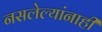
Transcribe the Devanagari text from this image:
नसलेल्यांनाही